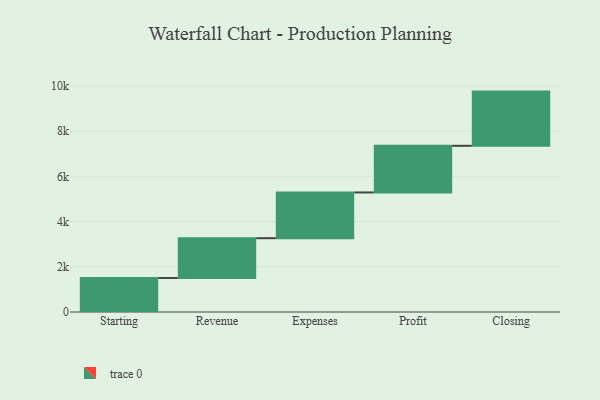
{"axis": {"x": "Step", "y": "Value"}, "legend": [""], "data": [{"x": "Starting", "y": 1505.0, "type": ""}, {"x": "Revenue", "y": 1759.0, "type": ""}, {"x": "Expenses", "y": 2023.0, "type": ""}, {"x": "Profit", "y": 2064.0, "type": ""}, {"x": "Closing", "y": 2397.0, "type": ""}]}